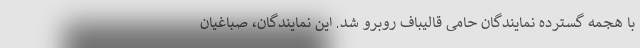
با هجمه گسترده نمایندگان حامی قالیباف روبرو شد. این نمایندگان، صباغیان